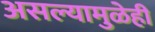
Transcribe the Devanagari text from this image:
असल्यामुळेही